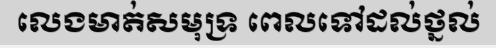
លេងមាត់សមុទ្រ ពេលទៅដល់ថ្នល់